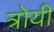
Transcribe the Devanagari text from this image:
त्रोयी